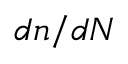
d n / d N